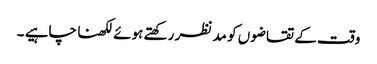
وقت کے تقاضوں کو مد نظر رکھتے ہوئے لکھنا چاہیے ۔